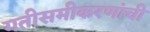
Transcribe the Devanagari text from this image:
गतीसमीकरणांची